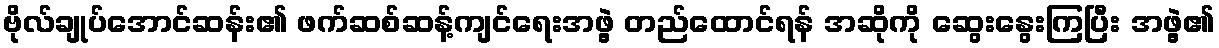
ဗိုလ်ချုပ်အောင်ဆန်း၏ ဖက်ဆစ်ဆန့်ကျင်ရေးအဖွဲ့ တည်ထောင်ရန် အဆိုကို ဆွေးနွေးကြပြီး အဖွဲ့၏